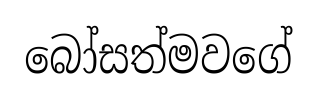
බෝසත්මවගේ